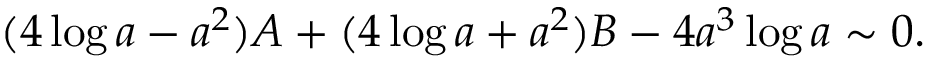
( 4 \log a - a ^ { 2 } ) A + ( 4 \log a + a ^ { 2 } ) B - 4 a ^ { 3 } \log a \sim 0 .